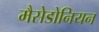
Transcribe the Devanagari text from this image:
मैसेडोनियन